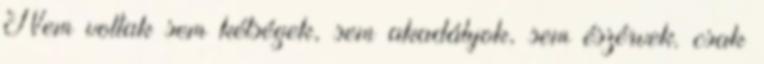
Nem voltak sem kétségek, sem akadályok, sem észérvek. csak